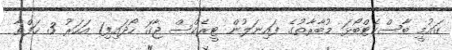
ގައުމީ ބާސްކެޓްބޯޅަ މުބާރާތުގެ ފައިނަލުން ޓީރެކްސް ޖާގަ ހޯދައިފި1 އަހަރު 3 ހަފްތާ